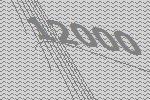
12000